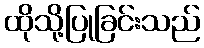
ထိုသို့ပြုခြင်းသည်